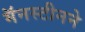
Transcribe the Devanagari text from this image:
मॅनस्टीनने